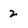
Character: 2